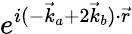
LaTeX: e^{i(-\vec{k}_{a}+2\vec{k}_{b})\cdot\vec{r}}